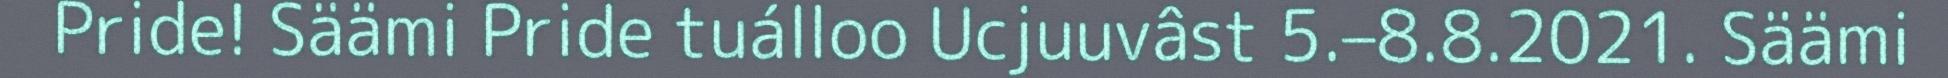
Pride! Säämi Pride tuálloo Ucjuuvâst 5.–8.8.2021. Säämi